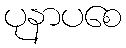
ပုနာပစေ